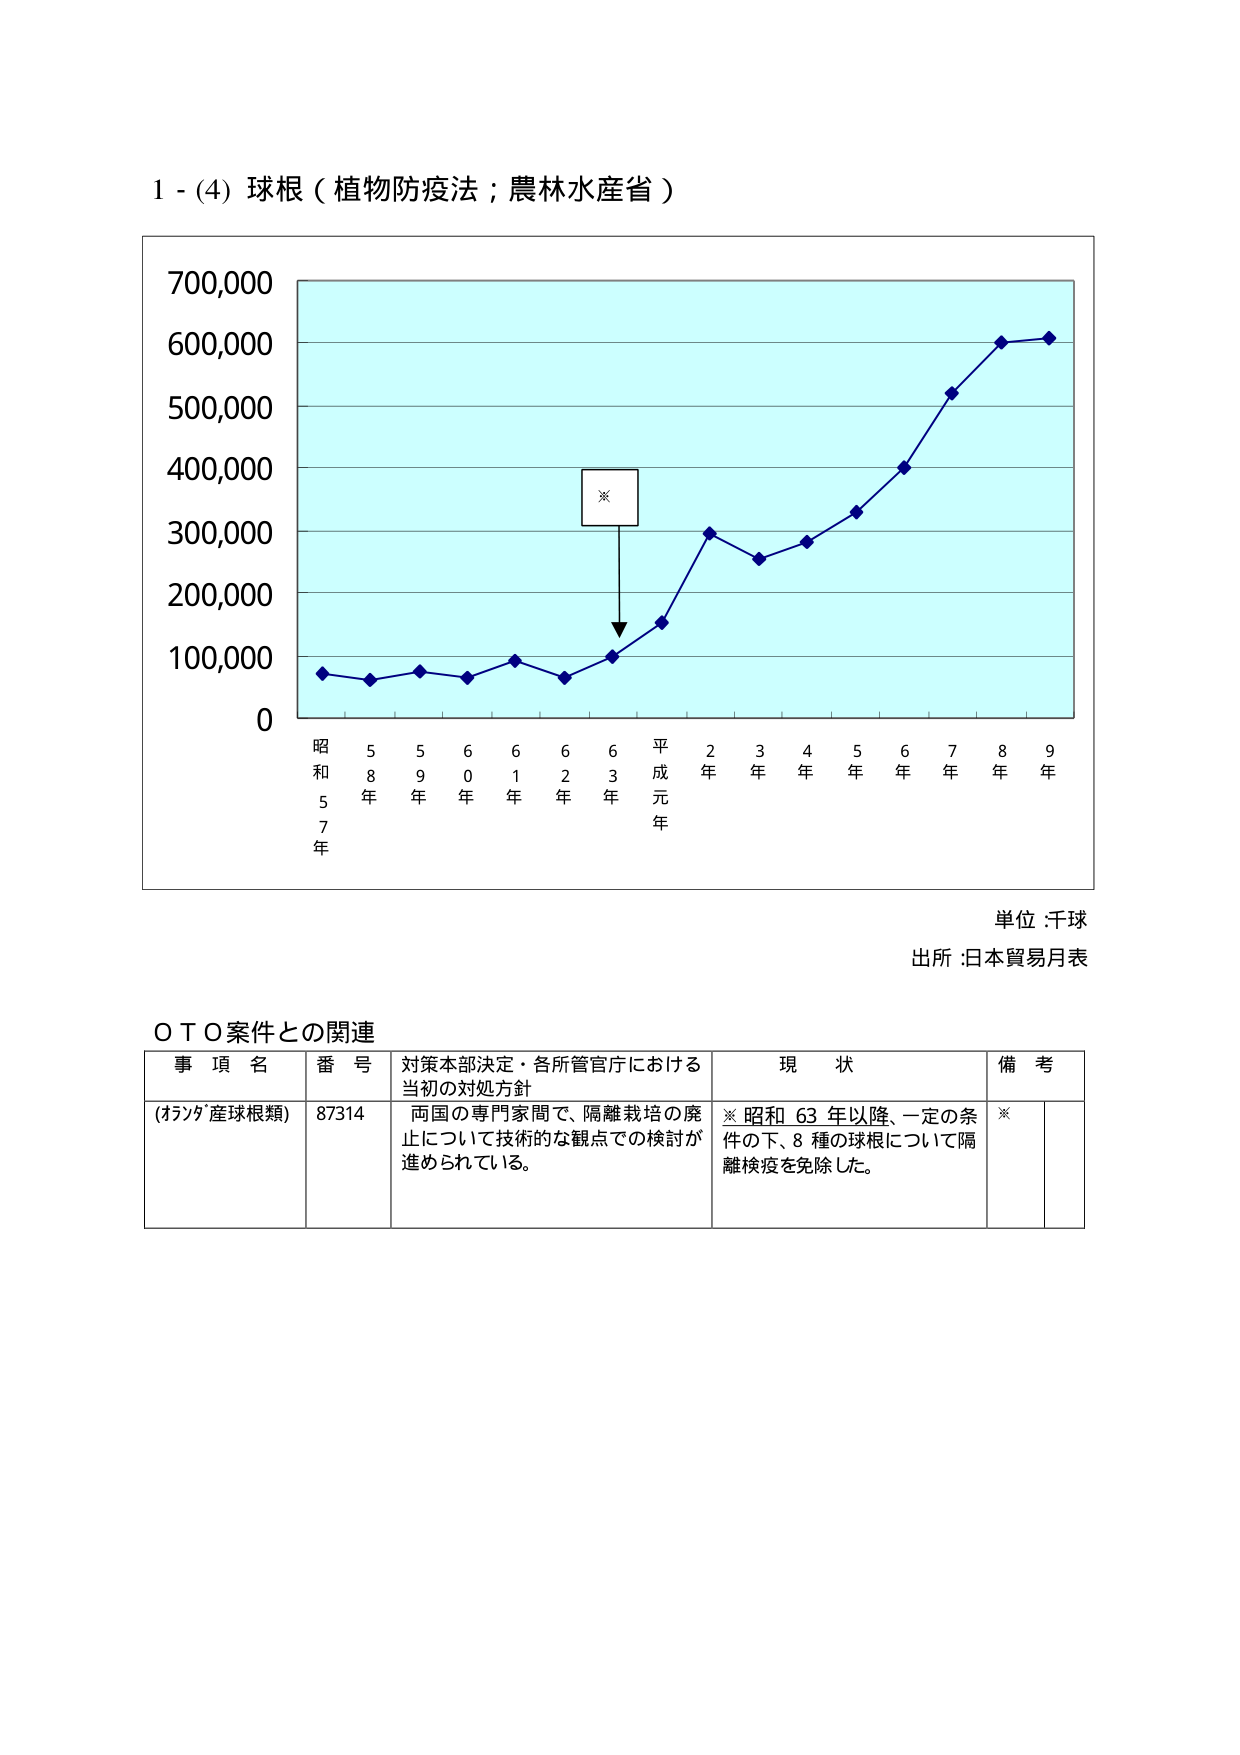
1 - (4) 球根（植物防疫法；農林水産省）

700,000
600,000
500,000
400,000
300,000
200,000
100,000
0

※

昭和57年 58年 59年 60年 61年 62年 63年 平成元年 2年 3年 4年 5年 6年 7年 8年 9年

単位：千球
出所：日本貿易月表

ＯＴＯ案件との関連

事項名 番号 対策本部決定・各所管官庁における当初の対処方針 現状 備考
(カシワ産球根類) 87314 両国の専門家間で、隔離栽培の廃止について技術的な観点での検討が進められている。 ※昭和63年以降、一定の条件の下、8種の球根について隔離検疫を免除した。 ※